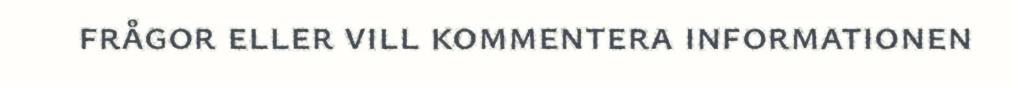
frågor eller vill kommentera informationen